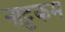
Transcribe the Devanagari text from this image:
नाट्टकम